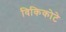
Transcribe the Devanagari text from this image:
विकिकोटे